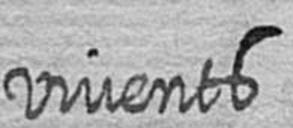
vivents